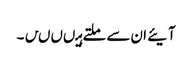
آیئے ان سے ملتے ہیںںںں۔